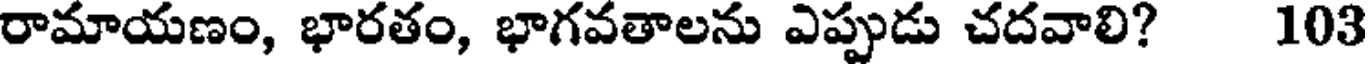
రామాయణం, భారతం, భాగవతాలను ఎప్పుడు చదవాలి? 103